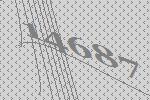
14687